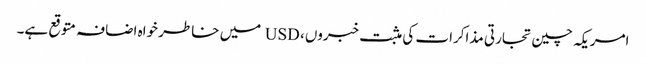
امریکہ چین تجارتی مذاکرات کی مثبت خبروں، USD میں خاطر خواہ اضافہ متوقع ہے۔